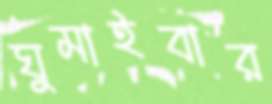
ঘুমাইবার